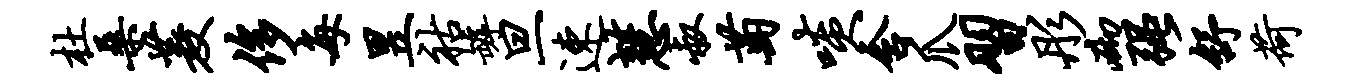
杜桑菱侈每昱祜罅旦速慧叔萄啖含爪习彤砌强舒荷